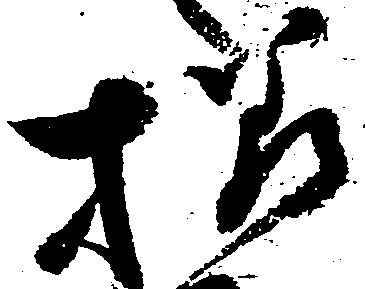
様